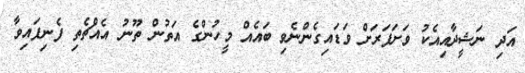
އަދި ނަޝީދާއިއެކު ވަށަފަރަށް ވަޑައިގެންނެވި ބައެއް މީހުންގެ އަތުން ތޫނު އެއްޗެތި ފެނިފައިވާ